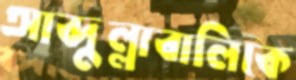
আব্দুল্লাবালিকে